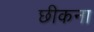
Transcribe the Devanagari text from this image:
छीकना